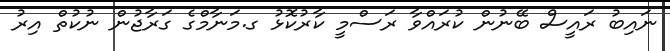
ނައިބު ރައީސް ބޭނުން ކުރައްވާ ރަސްމީ ކާރުކޮޅު ގ.މަނާމްގެ ގަރާޖުން ނުކުތް އިރު